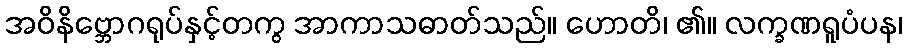
အဝိနိဗ္ဘောဂရုပ်နှင့်တကွ အာကာသဓာတ်သည်။ ဟောတိ၊ ၏။ လက္ခဏရူပံပန၊